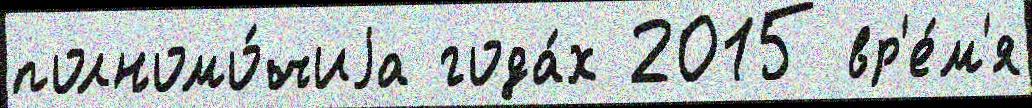
полномо́чиjа года́х 2015 вр'е́м'я